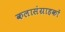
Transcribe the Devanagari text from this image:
कलासंग्राहकों